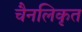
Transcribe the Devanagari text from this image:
चैनलिकृत